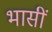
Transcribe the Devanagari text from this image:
भासीं